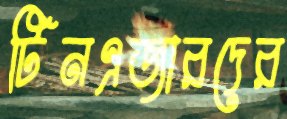
টিনএজারদের